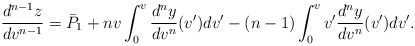
\begin{align*} \frac{d^{n-1}z}{dv^{n-1}}=\bar{P}_1+nv\int_0^v\frac{d^ny}{dv^n}(v')dv'-(n-1)\int_0^vv'\frac{d^ny}{dv^n}(v')dv'.\end{align*}